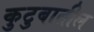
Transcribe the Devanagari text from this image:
कुटुबातील